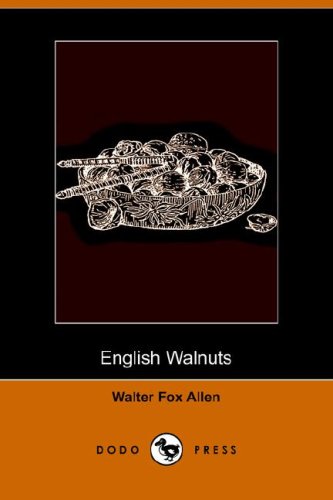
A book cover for English Walnuts (Dodo Press); Walter Fox Allen; Crafts, Hobbies & Home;